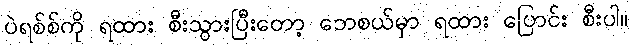
ပဲရစ်စ်ကို ရထား စီးသွားပြီးတော့ ဘေစယ်မှာ ရထား ပြောင်း စီးပါ။